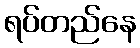
ရပ်တည်နေ